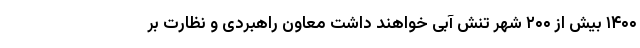
۱۴۰۰ بیش از ۲۰۰ شهر تنش آبی خواهند داشت معاون راهبردی و نظارت بر